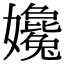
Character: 㜶